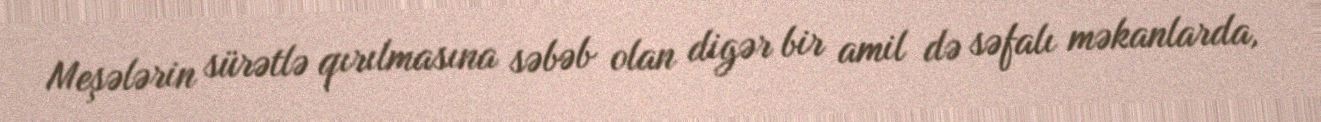
Meşələrin sürətlə qırılmasına səbəb olan digər bir amil də səfalı məkanlarda,